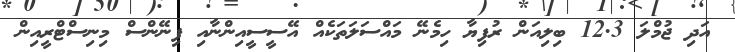
އަދި ޖުމްލަ 12.3 ބިލިއަން ރުފިޔާ ހިމެނޭ މައްސަލަތަކެއް އޭސީސީއިންނާއި ފިނޭންސް މިނިސްޓްރީއިން